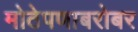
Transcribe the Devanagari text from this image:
मोठेपणाबरोबर